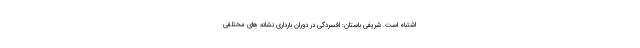
اشتباه است. شریفی باستان: افسردگی در دوران بارداری نشانه های مختلفی